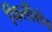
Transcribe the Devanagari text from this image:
फिलीशेव